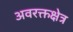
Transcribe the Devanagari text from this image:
अवरक्तक्षेत्र